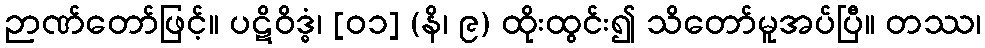
ဉာဏ်တော်ဖြင့်။ ပဋိဝိဒ္ဓံ၊ [၀၁] (နိ၊ ၉) ထိုးထွင်း၍ သိတော်မူအပ်ပြီ။ တဿ၊